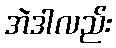
အဲဒါလည်း